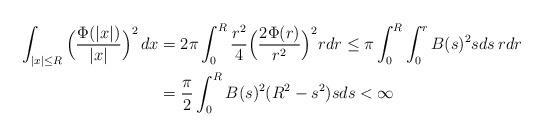
LaTeX: \begin{align*}\int_{|x|\le R} \Big( \frac{\Phi(|x|)}{|x|} \Big)^2 \, dx &= 2\pi \int_0^R \frac{r^2}{4}\Big(\frac{2\Phi(r)}{r^2}\Big)^2 rdr \le \pi \int_0^R \int_0^r B(s)^2 s ds\, rdr \\ &= \frac{\pi}{2} \int_0^R B(s)^2 (R^2-s^2) sds <\infty\end{align*}